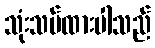
သုံးသပ်ထားပါသည်